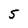
Character: 5